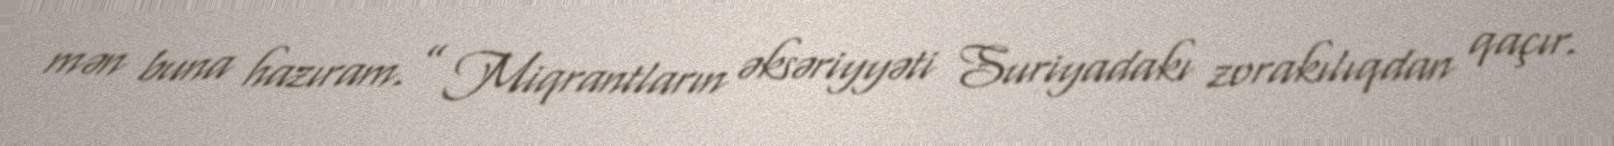
mən buna hazıram.” Miqrantların əksəriyyəti Suriyadakı zorakılıqdan qaçır.